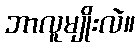
ဘာလူမျိုးလဲ။